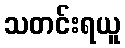
သတင်းရယူ